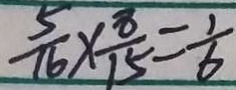
\frac { 5 } { 1 6 } \times \frac { 8 } { 1 5 } = \frac { 1 } { 6 }